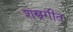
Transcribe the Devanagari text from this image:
शस्त्रगीत